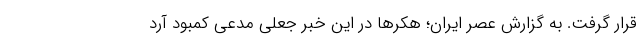
قرار گرفت. به گزارش عصر ایران؛ هکرها در این خبر جعلی مدعی کمبود آرد